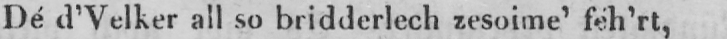
Dé d’Velker all so bridderlech zesoime’ féh’rt,